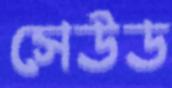
সেউড